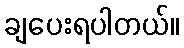
ချပေးရပါတယ်။